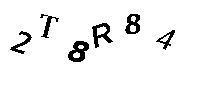
2T8R84